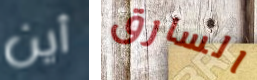
أين السارق